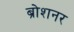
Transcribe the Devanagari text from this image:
ब्रोशनर